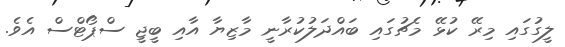
ލީގުގައި މިރޭ ކުޅޭ މެޗުގައި ބައްދަލުކުރާނީ މާޒިޔާ އާއި ބީޖީ ސްޕޯޓްސް އެވެ.